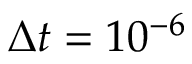
\Delta t = 1 0 ^ { - 6 }